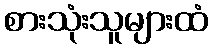
စားသုံးသူများထံ